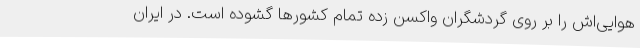
هوایی‌اش را بر روی گردشگران واکسن زده تمام کشورها گشوده است. در ایران